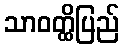
သာဝတ္ထိပြည်